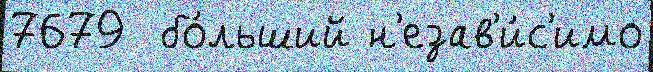
7679  бо́льший н'езав'и́с'имо